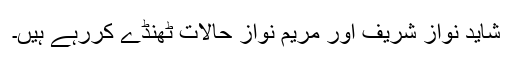
شاید نواز شریف اور مریم نواز حالات ٹھنڈے کررہے ہیں۔